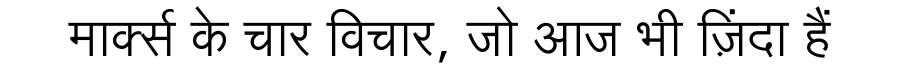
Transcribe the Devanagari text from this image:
मार्क्स के चार विचार, जो आज भी ज़िंदा हैं